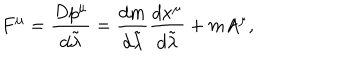
F ^ { \mu } = { \frac { D p ^ { \mu } } { d \tilde { \lambda } } } = { \frac { d m } { d \tilde { \lambda } } } { \frac { d x ^ { \mu } } { d \tilde { \lambda } } } + m A ^ { \mu } ,